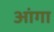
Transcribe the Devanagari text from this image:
आंगा